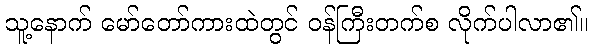
သူ့နောက် မော်တော်ကားထဲတွင် ဝန်ကြီးတက်စ လိုက်ပါလာ၏။